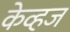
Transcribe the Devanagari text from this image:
केव्हज